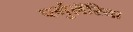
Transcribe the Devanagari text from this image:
पर्गुलॅरिया